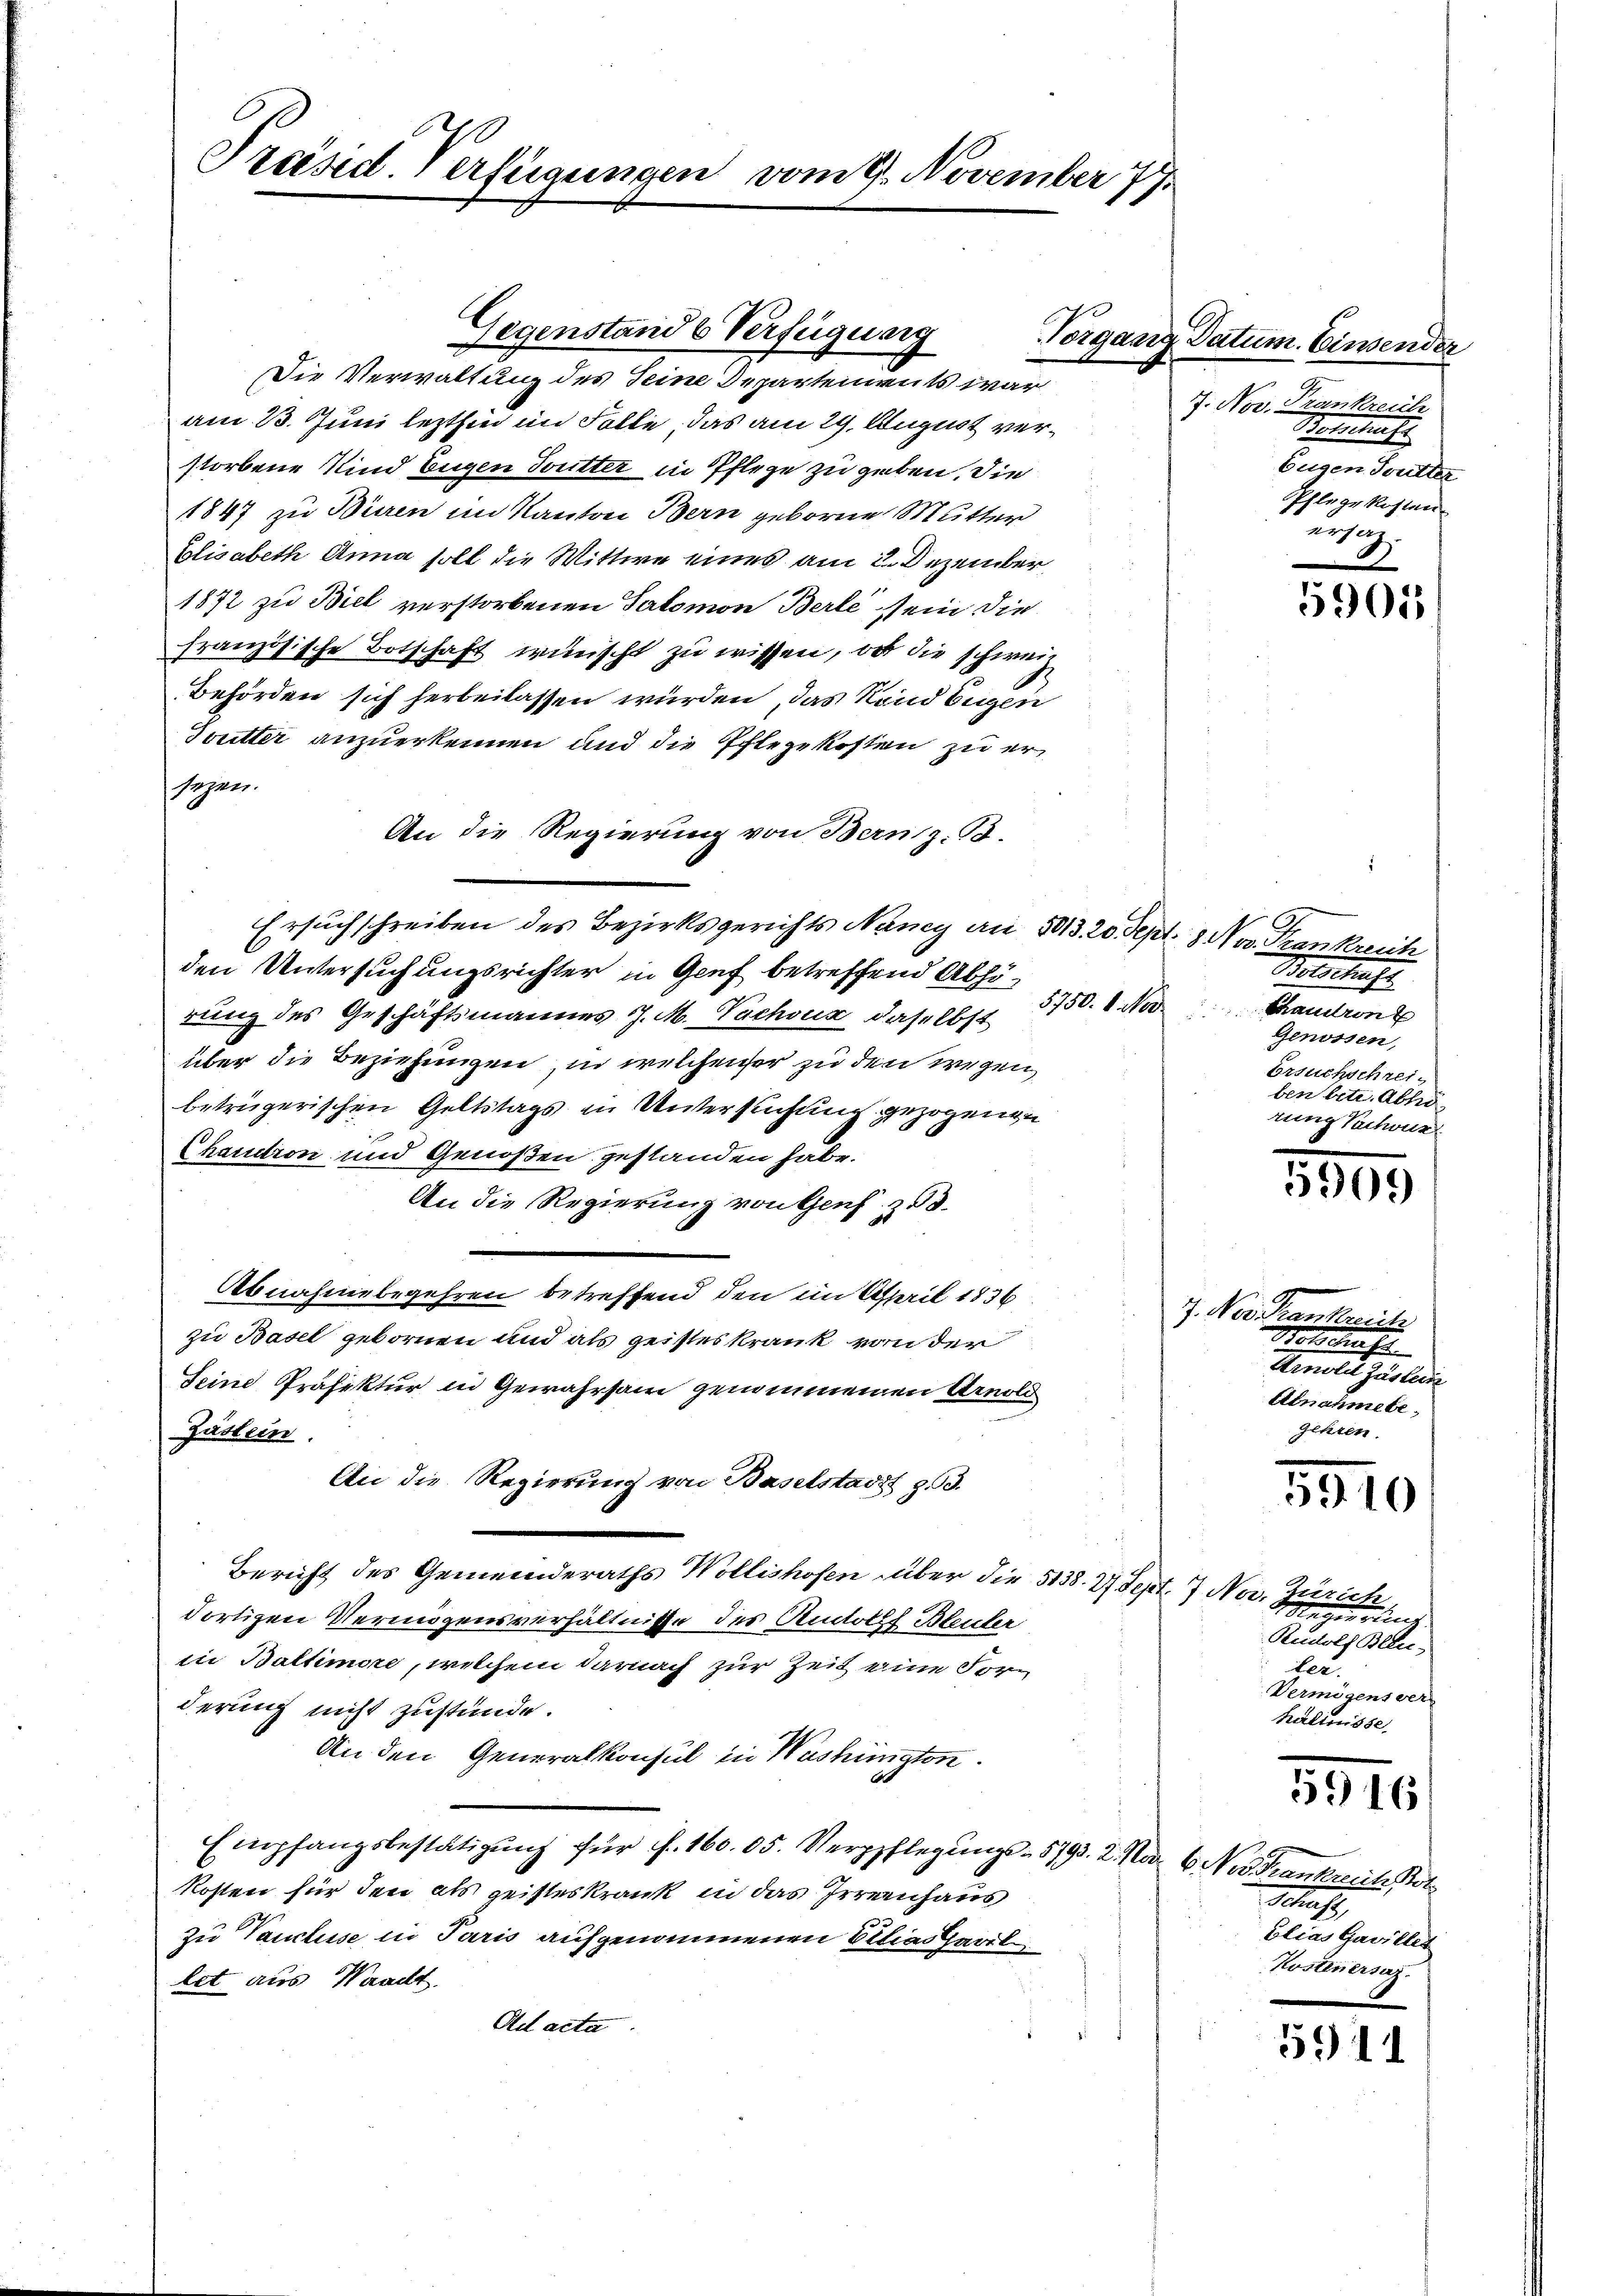
Präsid. Verfügungen vom 21. November 79

Die Verwaltung des Seine Departenwuts war
am 13. Juni lezthin im Falle, das am 29. August verstorbene Kind Eugen Toutter in Pflege zu geben, die
1847 zu Büren im Kanton Bern geborne Mutter
Elisabeth Anna soll die Wittwe eines am 2. Dezember,
1872 zu Biel verstorbenen Salomon Berle sein die
französische Botschaft wünscht zu wissen, ob die schwei¬
Behörden sich herbeilassen würden, das Rand begen
Joutter anzuerkennen und die Pflegekosten zu ersezen.
An die Regierung von Bern z. B.
Ersuchschreiben des Bezirksgerichts Nancy an 503. 20. Sept. 8 Nov. Trankreich
den Untersuchungsrichter in Genf betreffend Abhörung des Geschäftsmannes J. M. Pachoux, daselbst 3750. 8. Nov.
über die Beziehungen, in welchenser zu den wegen,
betrügerischen Geltstags in Untersuchung gezogenen
Chaudron und Genoßen gestanden habe.
An die Regierung von Genf zu 3.
Abnahmebegehren betreffend den im April 1836. Nov. Trankreich
zu Basel gebornen und als geisteskrank von der
Seine Präfektur in Gewahrsam genommenen Arnold
Gästein.
An die Regierung von Baselstadt 353.
i
Bericht des Gemeinderaths Wollishofen über die 5138. 27 Sept. 7. Nov. Zürich
dortigen Vermögensverhältnisse des Rudolf Bleuler
in Baltimore, welchem darnach zur Zeit eine Forderung nicht zustünde.
An den Generalkonsul in Washingten.
Empfangsbestätigung für f. 160. 05. Verpflegungs- 5793. 2. Mar. 6. Nov. Frankreich Pot
Kosten für den als geisteskrank in das Irreenhaus
zu Vancluse in Paris aufgenommenen Belias Geril
let aus Waadt.
Ad acta

Gegenstand & Verfügung

Vorgang Datum. Einsender
7. Nov. Frankreich
Beilasse
Eugen Soulter
Pflege Kosten
ersatz.

Botschaft
Chaudront
Genossen,
Ersuchschreiben betr. Abh
rung Sachwur¬

Botschaft
Arnold Zustein
Abnahmebe
gehren.

5901

5909

5910

Regierung
Rudolf Bleuler.
Vermögens ver-
halinisse.

5516

Schaft,
Elias Gavillet
Kostenersag

591)